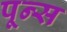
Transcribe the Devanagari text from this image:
पून्स